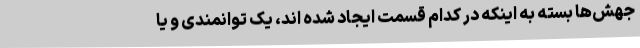
جهش‌ها بسته به اینکه در کدام قسمت ایجاد شده اند، یک توانمندی و یا